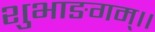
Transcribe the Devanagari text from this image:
शुभाङगम्।।